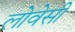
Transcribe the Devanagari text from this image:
लोवेसी